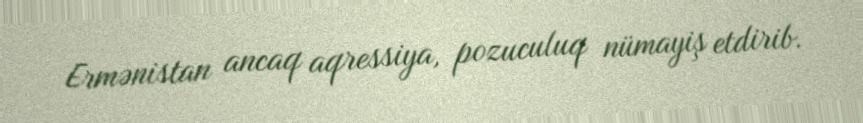
Ermənistan ancaq aqressiya, pozuculuq nümayiş etdirib.